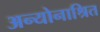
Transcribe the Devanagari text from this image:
अन्योनाश्रित